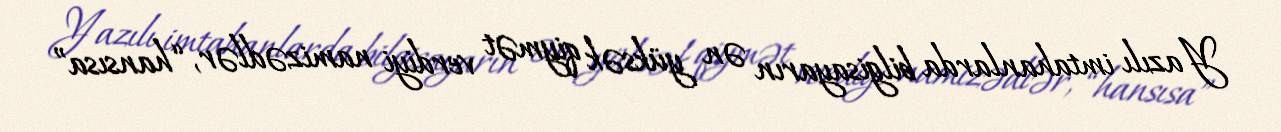
Yazılı imtahanlarda bilgisayarın ən yüksək qiymət verdiyi namizədlər, “hansısa”